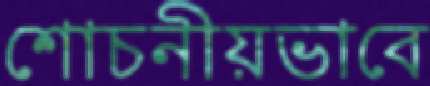
শোচনীয়ভাবে